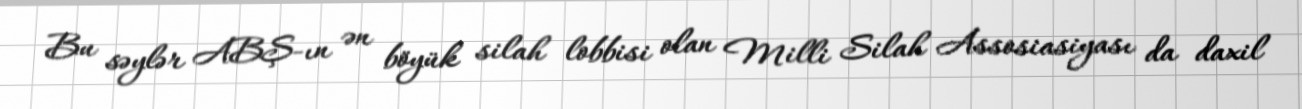
Bu səylər ABŞ-ın ən böyük silah lobbisi olan Milli Silah Assosiasiyası da daxil